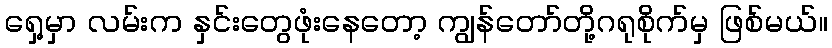
ရှေ့မှာ လမ်းက နှင်းတွေဖုံးနေတော့ ကျွန်တော်တို့ဂရုစိုက်မှ ဖြစ်မယ်။